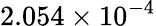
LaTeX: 2.054\times 10^{-4}